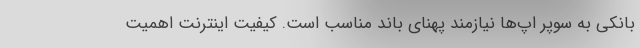
بانکی به سوپر اپ‌ها نیازمند پهنای باند مناسب است. کیفیت اینترنت اهمیت